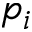
p _ { i }